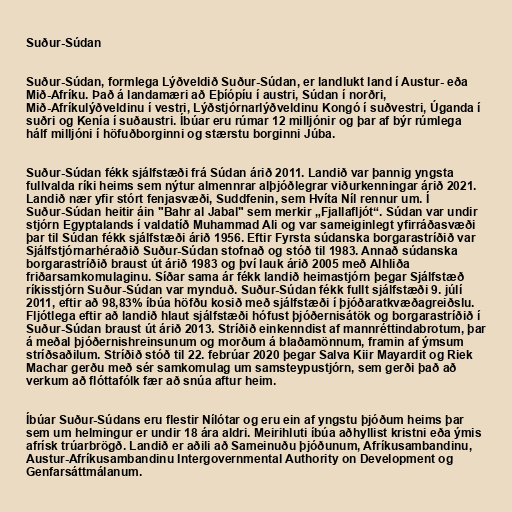
Suður-Súdan

Suður-Súdan, formlega Lýðveldið Suður-Súdan, er landlukt land í Austur- eða
Mið-Afríku. Það á landamæri að Eþíópíu í austri, Súdan í norðri,
Mið-Afríkulýðveldinu í vestri, Lýðstjórnarlýðveldinu Kongó í suðvestri, Úganda í
suðri og Kenía í suðaustri. Íbúar eru rúmar 12 milljónir og þar af býr rúmlega
hálf milljóni í höfuðborginni og stærstu borginni Júba.

Suður-Súdan fékk sjálfstæði frá Súdan árið 2011. Landið var þannig yngsta
fullvalda ríki heims sem nýtur almennrar alþjóðlegrar viðurkenningar árið 2021.
Landið nær yfir stórt fenjasvæði, Suddfenin, sem Hvíta Níl rennur um. Í
Suður-Súdan heitir áin "Bahr al Jabal" sem merkir „Fjallafljót“. Súdan var undir
stjórn Egyptalands í valdatíð Muhammad Ali og var sameiginlegt yfirráðasvæði
þar til Súdan fékk sjálfstæði árið 1956. Eftir Fyrsta súdanska borgarastríðið var
Sjálfstjórnarhéraðið Suður-Súdan stofnað og stóð til 1983. Annað súdanska
borgarastríðið braust út árið 1983 og því lauk árið 2005 með Alhliða
friðarsamkomulaginu. Síðar sama ár fékk landið heimastjórn þegar Sjálfstæð
ríkisstjórn Suður-Súdan var mynduð. Suður-Súdan fékk fullt sjálfstæði 9. júlí
2011, eftir að 98,83% íbúa höfðu kosið með sjálfstæði í þjóðaratkvæðagreiðslu.
Fljótlega eftir að landið hlaut sjálfstæði hófust þjóðernisátök og borgarastríðið í
Suður-Súdan braust út árið 2013. Stríðið einkenndist af mannréttindabrotum, þar
á meðal þjóðernishreinsunum og morðum á blaðamönnum, framin af ýmsum
stríðsaðilum. Stríðið stóð til 22. febrúar 2020 þegar Salva Kiir Mayardit og Riek
Machar gerðu með sér samkomulag um samsteypustjórn, sem gerði það að
verkum að flóttafólk fær að snúa aftur heim.

Íbúar Suður-Súdans eru flestir Nílótar og eru ein af yngstu þjóðum heims þar
sem um helmingur er undir 18 ára aldri. Meirihluti íbúa aðhyllist kristni eða ýmis
afrísk trúarbrögð. Landið er aðili að Sameinuðu þjóðunum, Afríkusambandinu,
Austur-Afríkusambandinu Intergovernmental Authority on Development og
Genfarsáttmálanum.